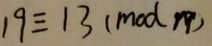
1 9 \equiv 1 3 ( m o d n )